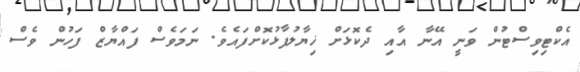
އެކްޓިވިސްޓުން ވަނީ އޭނާ އާއި ދެކޮޅަށް ޚިޔާލުފާޅުކޮށްފައެވެ. ނަމަވެސް ފައްޔާޒް ފަހުން ވެސް